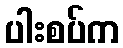
ပါးစပ်က